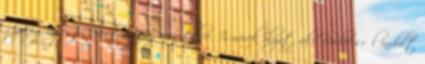
gyalog egészen Santiagoig menetelve. Ismerek olyat, aki Budaörsről indult